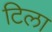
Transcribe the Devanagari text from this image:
टिला